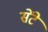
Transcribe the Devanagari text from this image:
सेंटे